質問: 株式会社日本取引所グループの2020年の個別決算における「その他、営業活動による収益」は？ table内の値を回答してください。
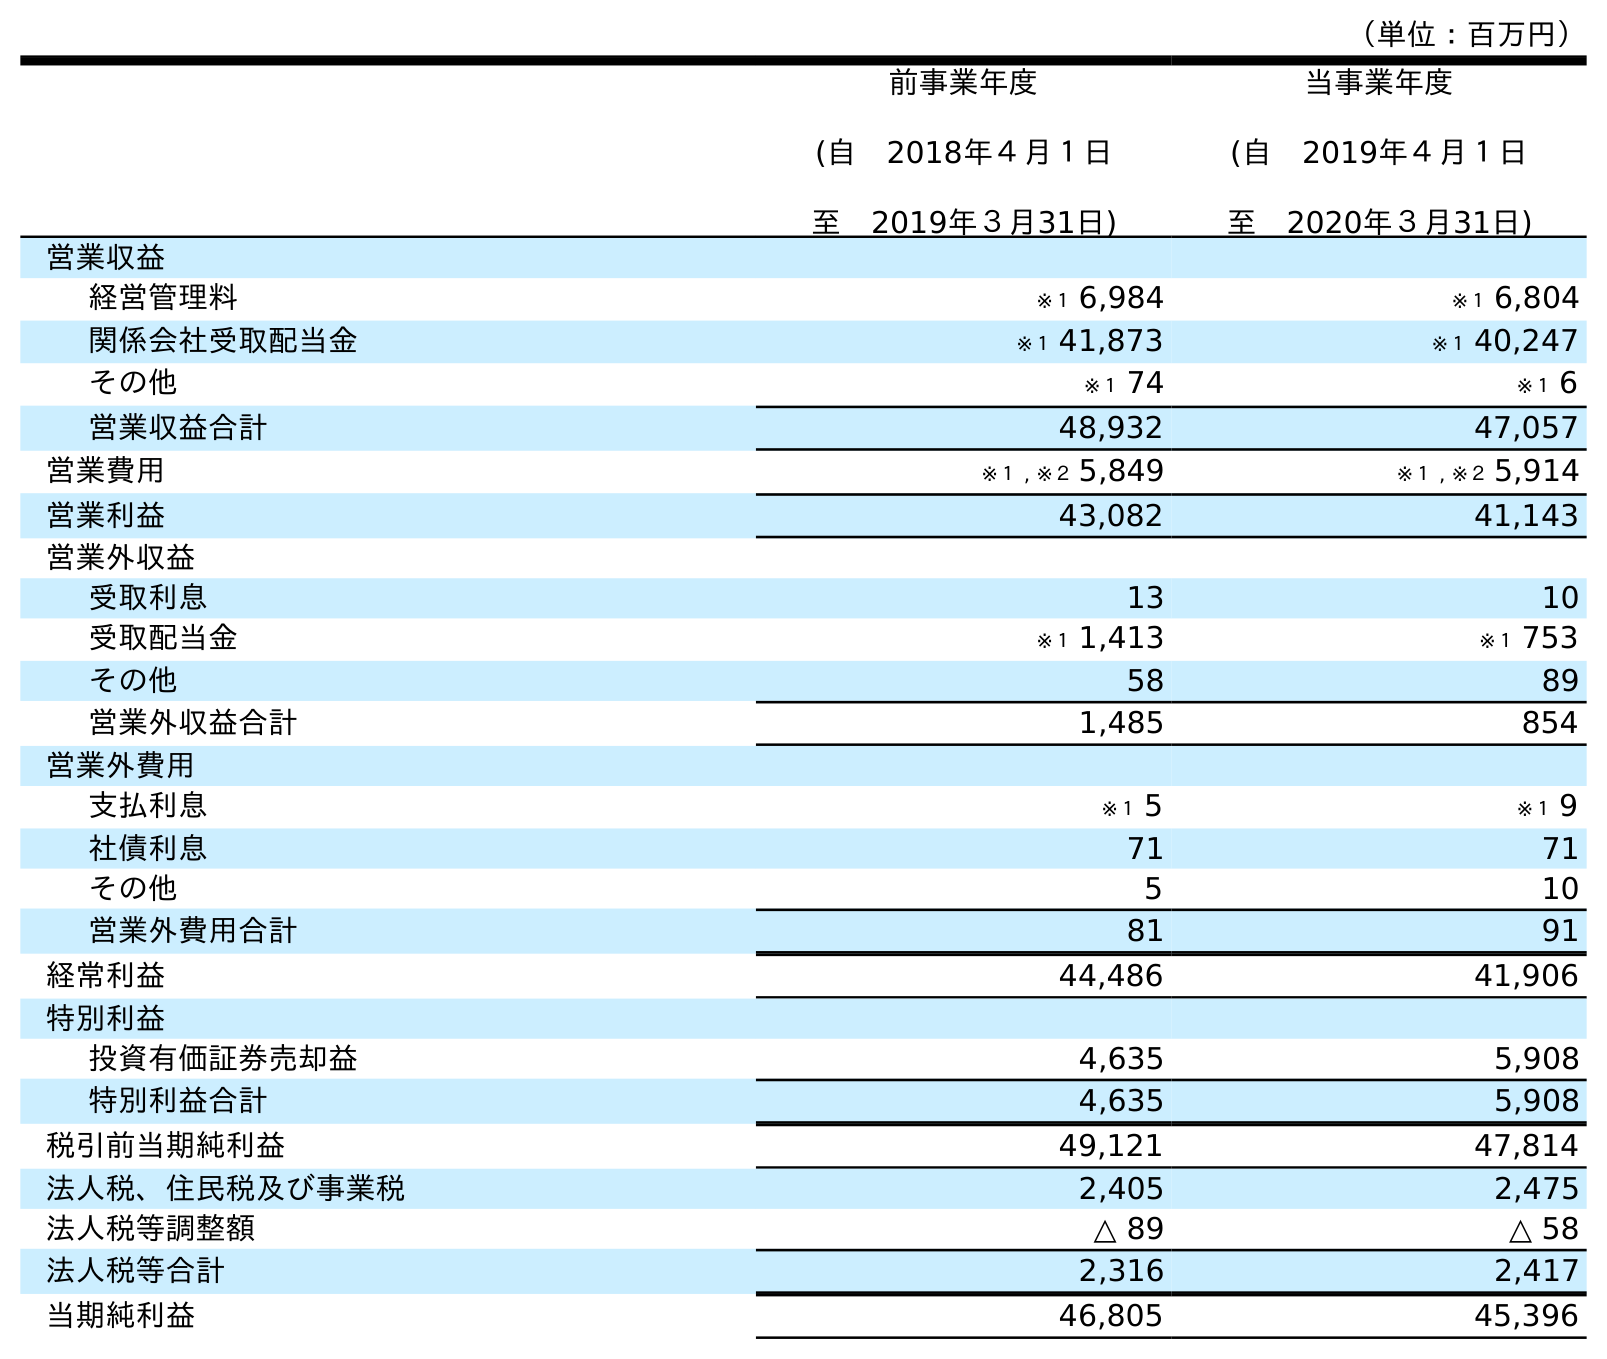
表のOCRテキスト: （単位：百万円） 前事業年度 (自 2018年４月１日 至 2019年３月31日) 当事業年度 (自 2019年４月１日 至 2020年３月31日) 営業収益 経営管理料 ※１ 6,984 ※１ 6,804 関係会社受取配当金 ※１ 41,873 ※１ 40,247 その他 ※１ 74 ※１ 6 営業収益合計 48,932 47,057 営業費用 ※１ , ※２ 5,849 ※１ , ※２ 5,914 営業利益 43,082 41,143 営業外収益 受取利息 13 10 受取配当金 ※１ 1,413 ※１ 753 その他 58 89 営業外収益合計 1,485 854 営業外費用 支払利息 ※１ 5 ※１ 9 社債利息 71 71 その他 5 10 営業外費用合計 81 91 経常利益 44,486 41,906 特別利益 投資有価証券売却益 4,635 5,908 特別利益合計 4,635 5,908 税引前当期純利益 49,121 47,814 法人税、住民税及び事業税 2,405 2,475 法人税等調整額 △ 89 △ 58 法人税等合計 2,316 2,417 当期純利益 46,805 45,396
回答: ※１6